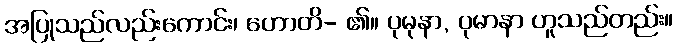
အပြုသည်လည်းကောင်း၊ ဟောတိ- ၏။ ပုမုနာ, ပုမာနာ ဟူသည်တည်း။